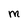
Character: M